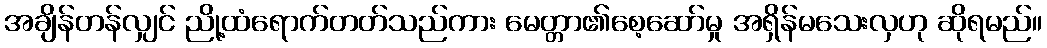
အချိန်တန်လျှင် ညို့ထံရောက်တတ်သည်ကား မေတ္တာ၏စေ့ဆော်မှု အရှိန်မသေးလှဟု ဆိုရမည်။